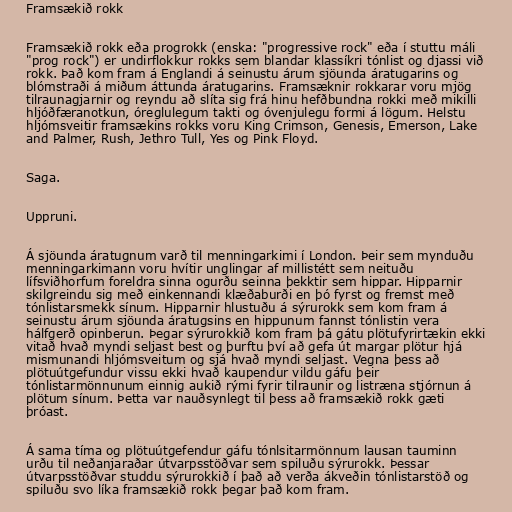
Framsækið rokk

Framsækið rokk eða progrokk (enska: "progressive rock" eða í stuttu máli
"prog rock") er undirflokkur rokks sem blandar klassíkri tónlist og djassi við
rokk. Það kom fram á Englandi á seinustu árum sjöunda áratugarins og
blómstraði á miðum áttunda áratugarins. Framsæknir rokkarar voru mjög
tilraunagjarnir og reyndu að slíta sig frá hinu hefðbundna rokki með mikilli
hljóðfæranotkun, óreglulegum takti og óvenjulegu formi á lögum. Helstu
hljómsveitir framsækins rokks voru King Crimson, Genesis, Emerson, Lake
and Palmer, Rush, Jethro Tull, Yes og Pink Floyd.

Saga.

Uppruni.

Á sjöunda áratugnum varð til menningarkimi í London. Þeir sem mynduðu
menningarkimann voru hvítir unglingar af millistétt sem neituðu
lífsviðhorfum foreldra sinna ogurðu seinna þekktir sem hippar. Hipparnir
skilgreindu sig með einkennandi klæðaburði en þó fyrst og fremst með
tónlistarsmekk sínum. Hipparnir hlustuðu á sýrurokk sem kom fram á
seinustu árum sjöunda áratugsins en hippunum fannst tónlistin vera
hálfgerð opinberun. Þegar sýrurokkið kom fram þá gátu plötufyrirtækin ekki
vitað hvað myndi seljast best og þurftu því að gefa út margar plötur hjá
mismunandi hljómsveitum og sjá hvað myndi seljast. Vegna þess að
plötuútgefundur vissu ekki hvað kaupendur vildu gáfu þeir
tónlistarmönnunum einnig aukið rými fyrir tilraunir og listræna stjórnun á
plötum sínum. Þetta var nauðsynlegt til þess að framsækið rokk gæti
þróast.

Á sama tíma og plötuútgefendur gáfu tónlsitarmönnum lausan tauminn
urðu til neðanjaraðar útvarpsstöðvar sem spiluðu sýrurokk. Þessar
útvarpsstöðvar studdu sýrurokkið í það að verða ákveðin tónlistarstöð og
spiluðu svo líka framsækið rokk þegar það kom fram.